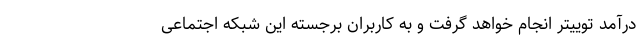
درآمد توییتر انجام خواهد گرفت و به کاربران برجسته این شبکه اجتماعی